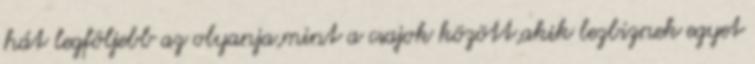
hát legföljebb az olyanja,mint a csajok között,akik lezbiznek egyet